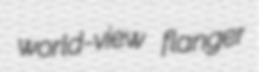
world-view flanger